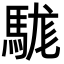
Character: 駹